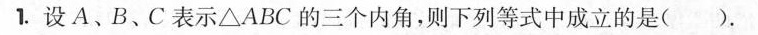
1.设A、B、C 表示\bigtriangleup ABC 的三个内角,则下列等式中成立的是( ).